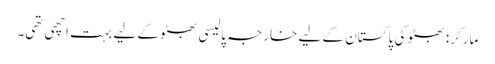
مارکر: بھٹو کی پاکستان کے لیے خارجہ پالیسی بھٹو کے لیے بہت اچھی تھی۔